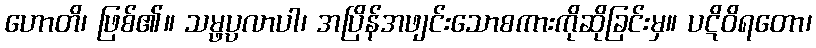
ဟောတိ၊ ဖြစ်၏။ သမ္ဖပ္ပလာပါ၊ အပြိန်အဖျင်းသောစကားကိုဆိုခြင်းမှ။ ပဋိဝိရတော၊